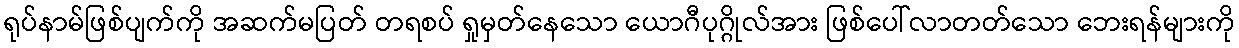
ရုပ်နာမ်ဖြစ်ပျက်ကို အဆက်မပြတ် တရစပ် ရှုမှတ်နေသော ယောဂီပုဂ္ဂိုလ်အား ဖြစ်ပေါ်လာတတ်သော ဘေးရန်များကို